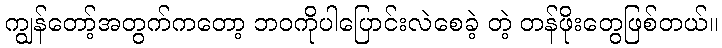
ကျွန်တော့်အတွက်ကတော့ ဘဝကိုပါပြောင်းလဲစေခဲ့ တဲ့ တန်ဖိုးတွေဖြစ်တယ်။